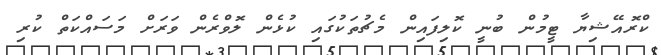
ކްރޮއޭޝިޔާ ޓީމުން ބުނީ ކޮލިފަައިން މެޗުތަކުގައި ކުޅެން ލޮވްރެން ވަރަށް މަސައްކަތް ކުރި